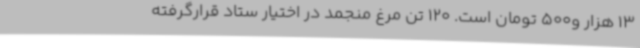
13 هزار و500 تومان است. 120 تن مرغ منجمد در اختیار ستاد قرارگرفته